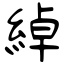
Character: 綽